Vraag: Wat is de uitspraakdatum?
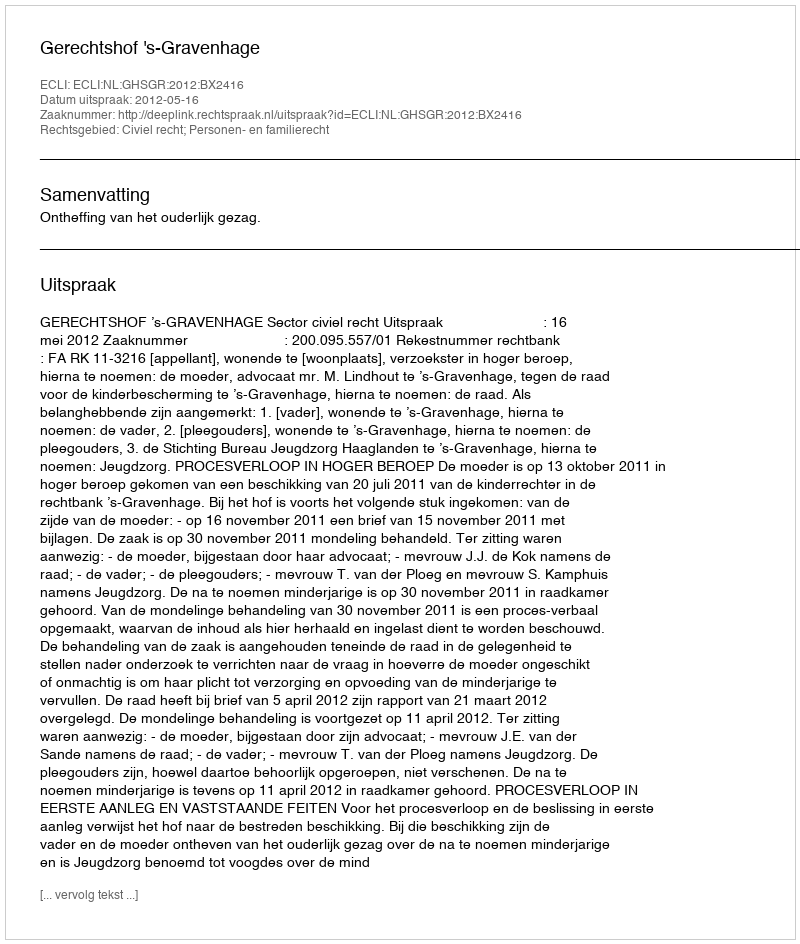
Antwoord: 2012-05-16